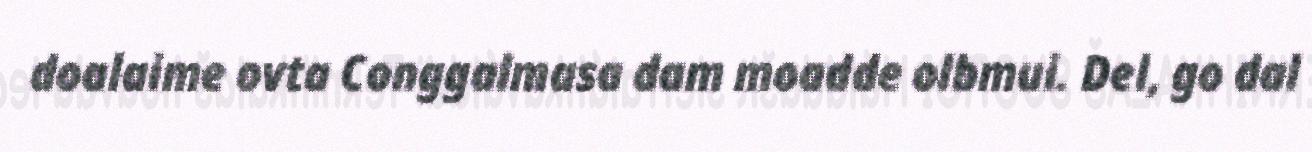
doalaime ovta Conggalmasa dam moadde olbmui. Del, go dal